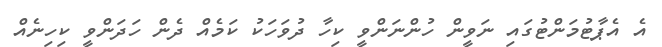
އެ އެޕާޓުމަންޓުގައި ނަވީން ހުންނަންވީ ކިހާ ދުވަހަކު ކަމެއް ދެން ހަދަންވީ ކިހިނެއް